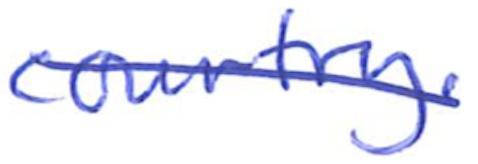
Text: country.
Cross-out: diagonal
Writing tool: ballpoint